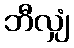
ဘီလျှံ